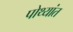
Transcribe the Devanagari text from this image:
पोथ्यांत